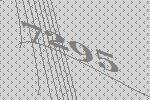
7295